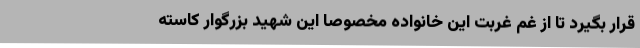
قرار بگیرد تا از غم غربت این خانواده مخصوصاً این شهید بزرگوار کاسته